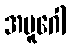
အမူဂေါ